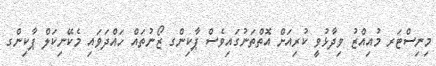
މިނިސްޓަރ މުއިއްޒު ވިދާޅުވީ ކުރިއަށް އޮތްތަނުގައިވެސް ޕާކިންގ ޒޯނުތައް ހައްދަވައި މެކޭނިކަލް ޕާކިންގ